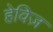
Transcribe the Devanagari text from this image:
हेविज़